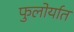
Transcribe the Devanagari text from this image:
फुलोर्यात